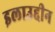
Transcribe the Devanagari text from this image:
इलाउद्दीन